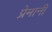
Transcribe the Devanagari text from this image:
प्रेमानी